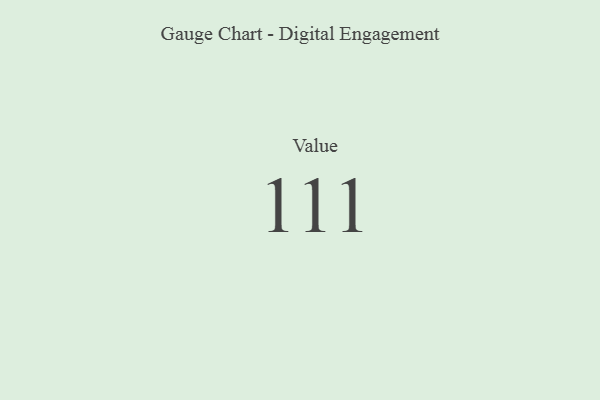
{"axis": {"x": "Metric", "y": "Value"}, "legend": [""], "data": [{"x": "Value", "y": 111, "type": ""}]}